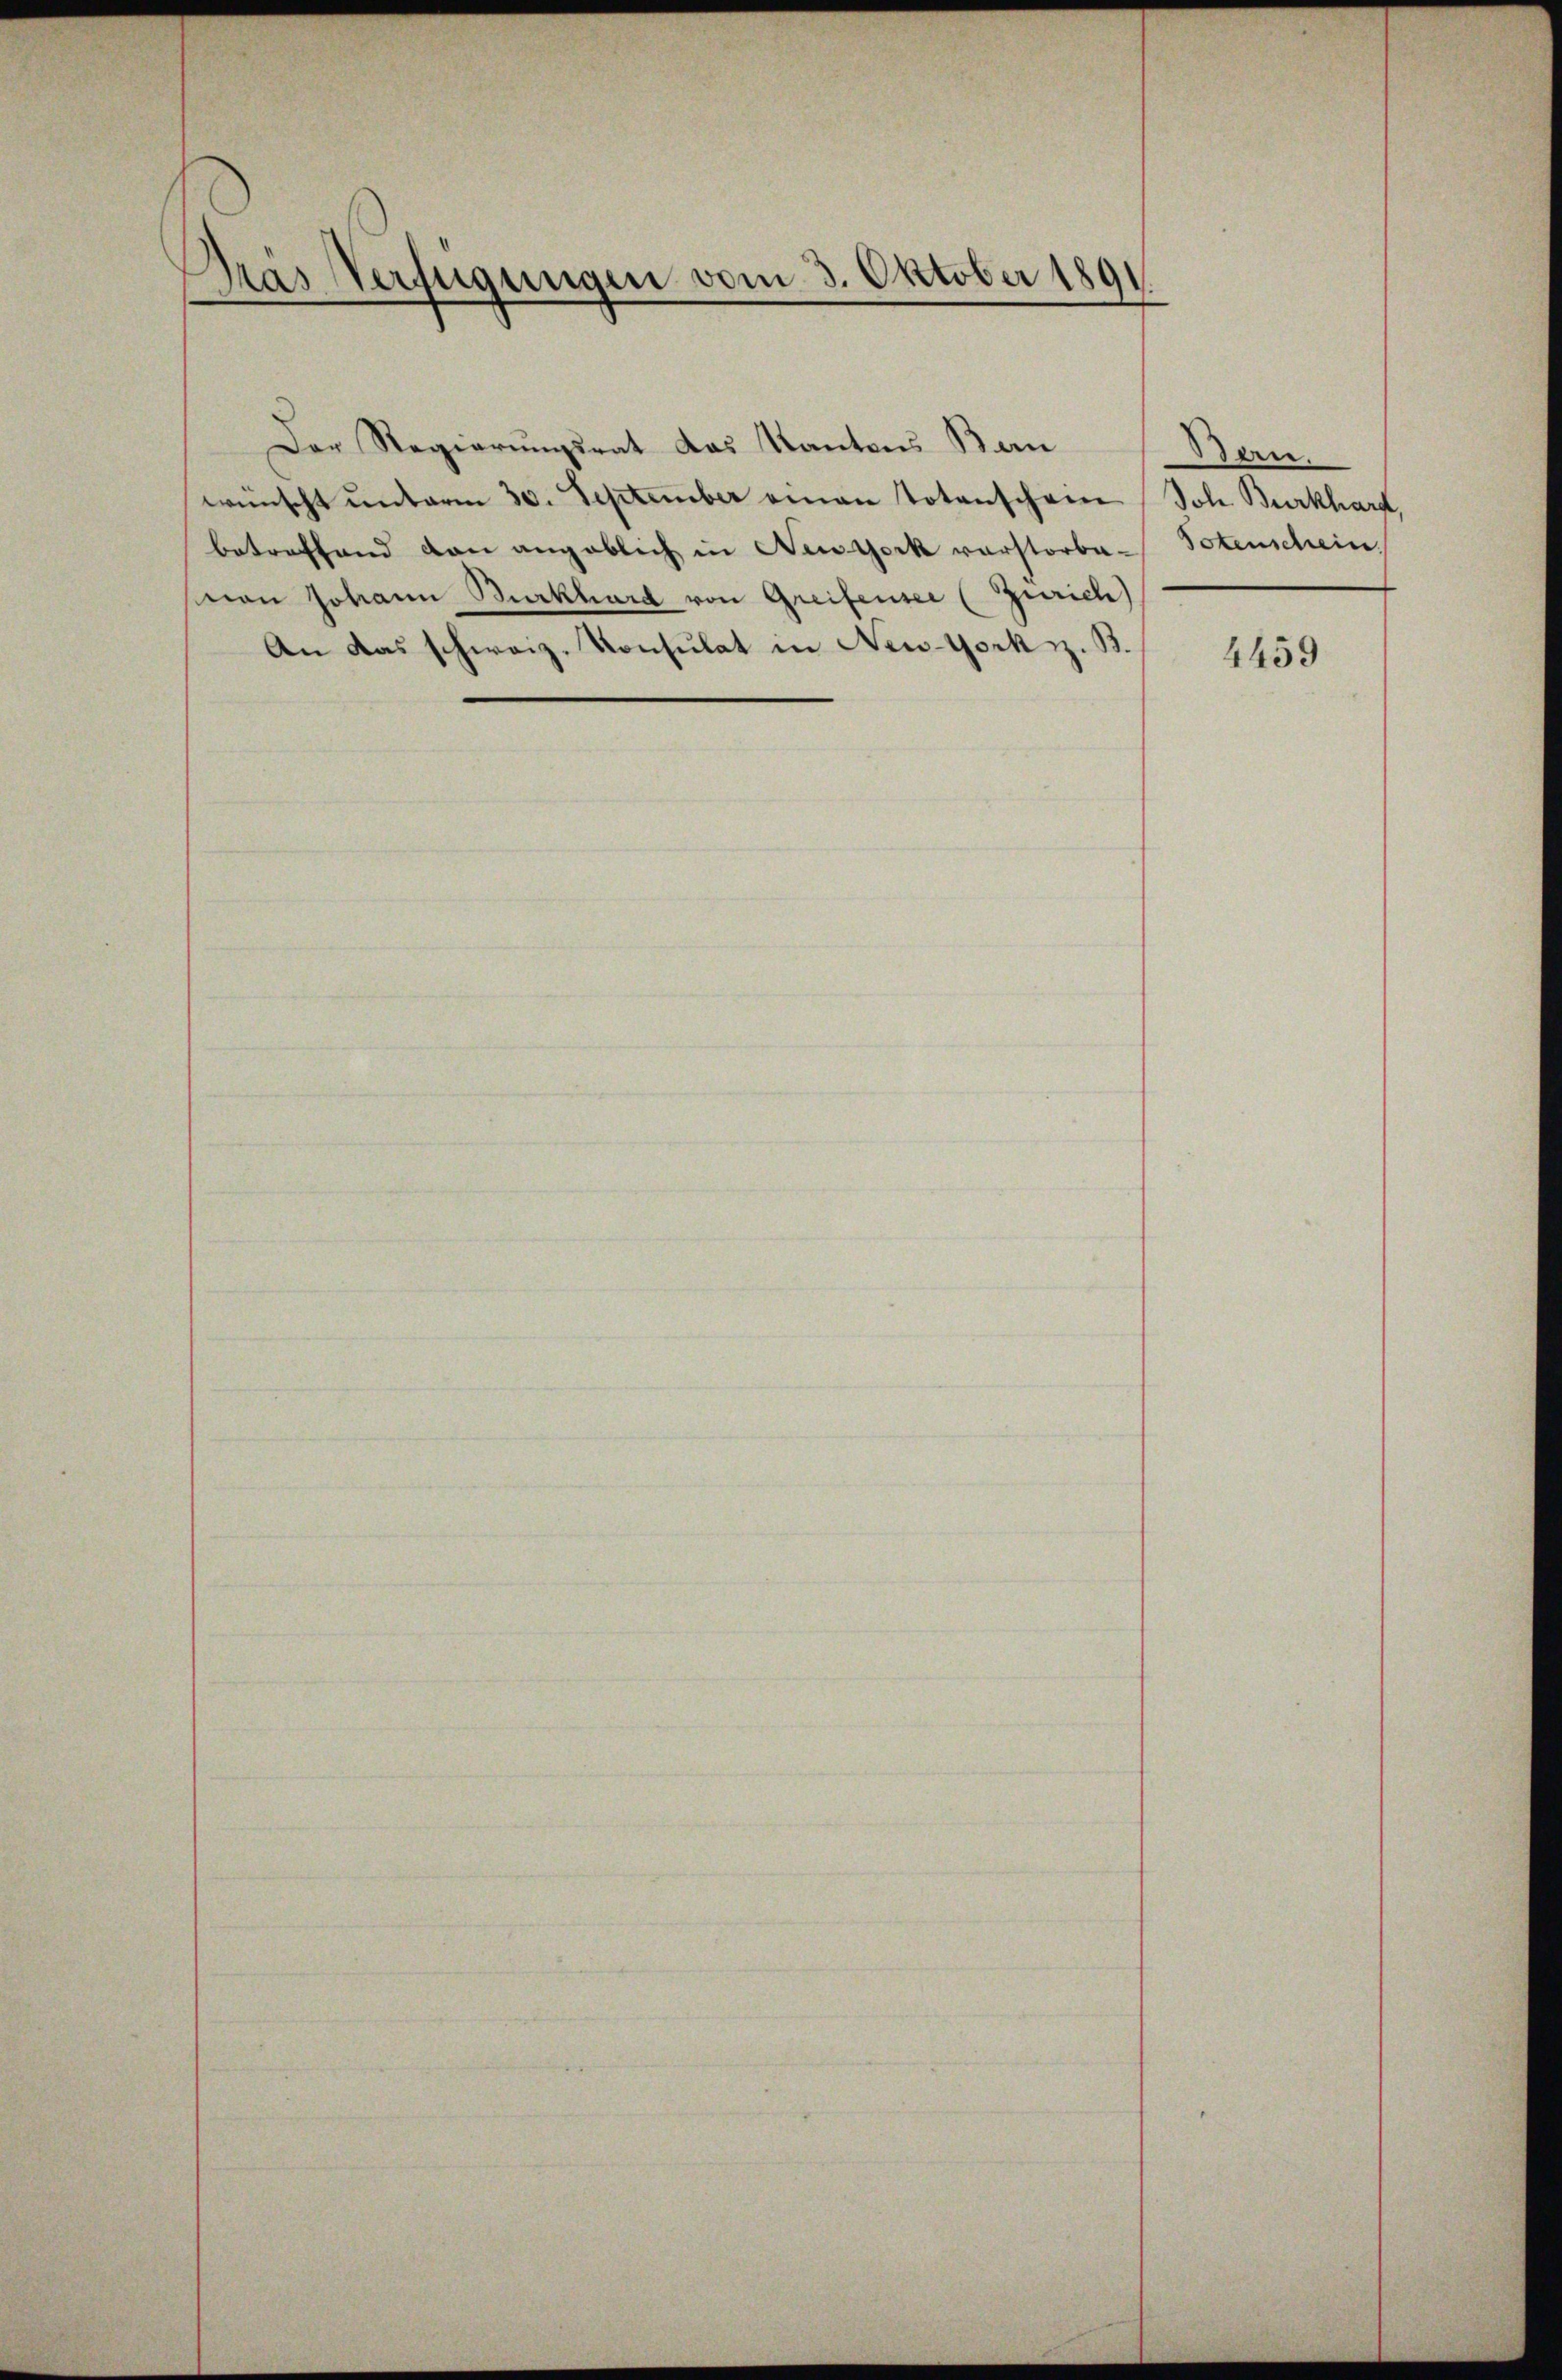
Gras Verfügungen vom 3. Oktober 1891

Der Regierungsrat das Kantons Ban
wünscht unterm 30. September einen Totenschein
betreffend den angeblich in New York verstorbe-
mon Johann Burkhard von Greifensee (Zürich)
An das schweiz. Konsulat in New-York z. B.

Ban.
Joh Burkhard,
Totenschein

4459